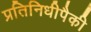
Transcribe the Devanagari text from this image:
प्रतिनिधीपैकी